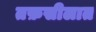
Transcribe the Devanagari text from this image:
तफ़सीलात